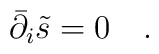
\bar{\partial}_i \tilde{s} =0\quad.